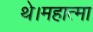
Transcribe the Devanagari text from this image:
थे।महात्मा